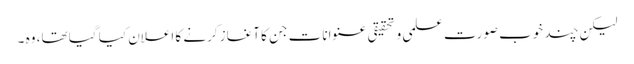
لیکن چند خوب صورت علمی و تحقیقی عنوانات جن کا آغاز کرنے کا اعلان کیا گیا تھا، وہ ۔